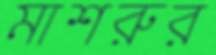
মাশরুর